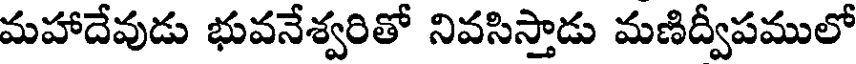
మహాదేవుడు భువనేశ్వరితో నివసిస్తాడు మణిద్వీపములో